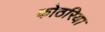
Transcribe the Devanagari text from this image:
कोठरिया